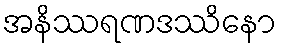
အနိဿရဏဒဿိနော